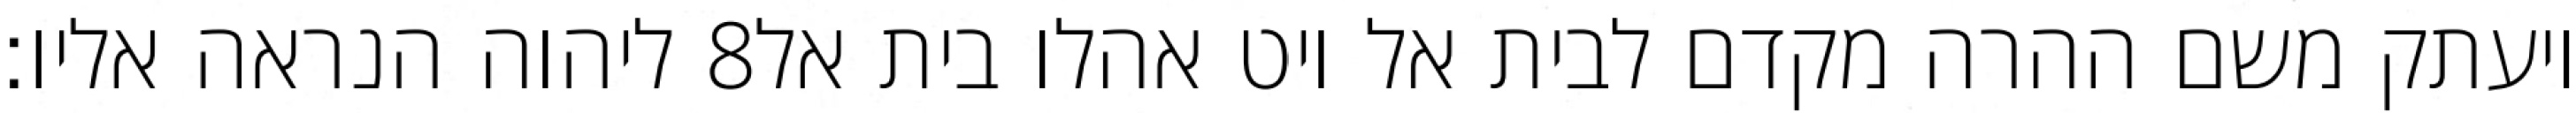
ליהוה הנראה אליו׃ ‎8‏ ויעתק משם ההרה מקדם לבית אל ויט אהלו בית אל